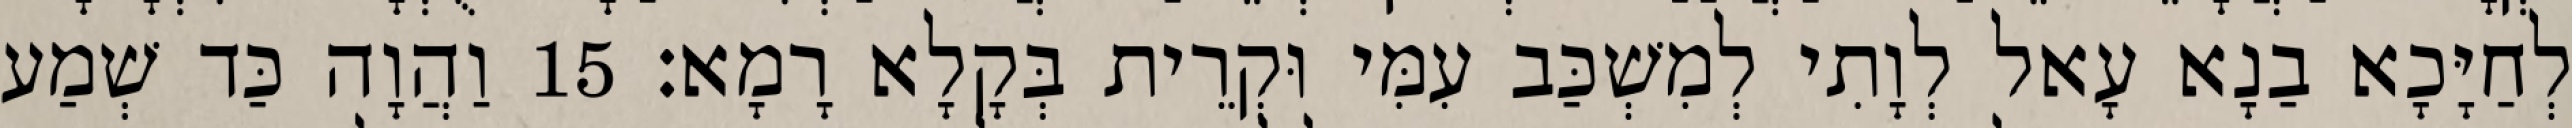
לְחַיָּכָא בַנָא עָאל לְוָתִי לְמִשְׁכַּב עִמִּי וּקְרֵית בְּקָלָא רָמָא׃ 15 וַהֲוָה כַּד שְׁמַע